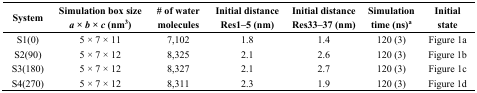
<table><thead><tr><td><b>System</b></td><td><b>Simulation box size <i>a</i> × <i>b</i> × <i>c</i> (nm<sup>3</sup>)</b></td><td><b># of water molecules</b></td><td><b>Initial distance Res1–5 (nm)</b></td><td><b>Initial distance Res33–37 (nm)</b></td><td><b>Simulation time (ns)<sup>a</sup></b></td><td><b>Initial state</b></td></tr></thead><tbody><tr><td>S1(0)</td><td>5 × 7 × 11</td><td>7,102</td><td>1.8</td><td>1.4</td><td>120 (3)</td><td>Figure 1a</td></tr><tr><td>S2(90)</td><td>5 × 7 × 12</td><td>8,325</td><td>2.1</td><td>2.6</td><td>120 (3)</td><td>Figure 1b</td></tr><tr><td>S3(180)</td><td>5 × 7 × 12</td><td>8,327</td><td>2.1</td><td>2.7</td><td>120 (3)</td><td>Figure 1c</td></tr><tr><td>S4(270)</td><td>5 × 7 × 12</td><td>8,311</td><td>2.3</td><td>1.9</td><td>120 (3)</td><td>Figure 1d</td></tr></tbody></table>